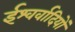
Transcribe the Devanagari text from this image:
ईश्वर्वादियों